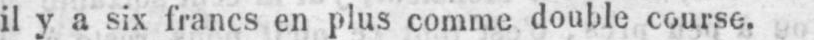
il y a six francs en plus comme double course.